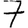
Digit: 7